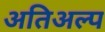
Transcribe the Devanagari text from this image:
अतिअल्प